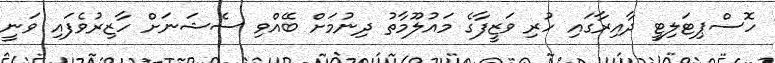
ހޮސްޕިޓަލިޓީ ދާއިރާގައި ހުރި ވަޒީފާގެ މައުލޫމާތު ދިނުމަށް ބޭއްވި ސެޝަނަށް ހާޒިރުވެފައި ވަނީ